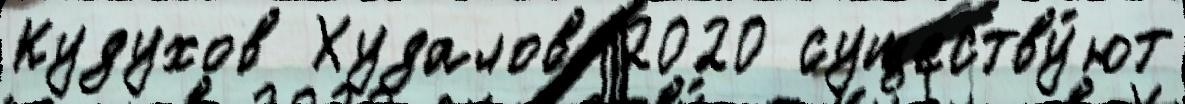
Кудухов Худалов 2020 существу́ют